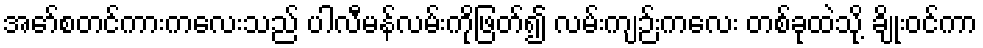
အော်စတင်ကားကလေးသည် ပါလီမန်လမ်းကိုဖြတ်၍ လမ်းကျဉ်းကလေး တစ်ခုထဲသို့ ချိုးဝင်ကာ